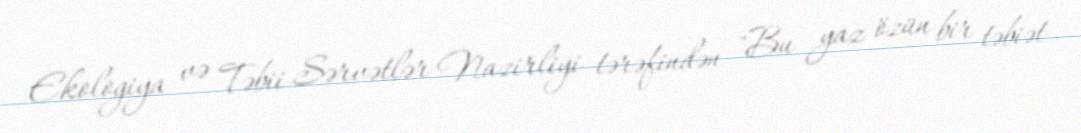
Ekologiya və Təbii Sərvətlər Nazirliyi tərəfindən "Bu yaz özün bir təbiət